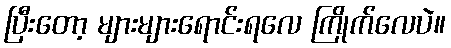
ပြီးတော့ များများရောင်းရလေ ကြိုက်လေပဲ။